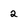
Character: 2